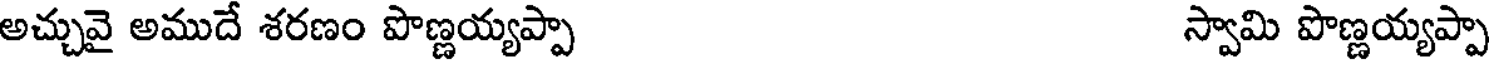
అచ్చువై అముదే శరణం పొణ్ణయ్యప్పా స్వామి పొణ్ణయ్యప్పా